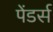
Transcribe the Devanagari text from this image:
पेंडर्स